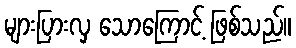
များပြားလှ သောကြောင့် ဖြစ်သည်။